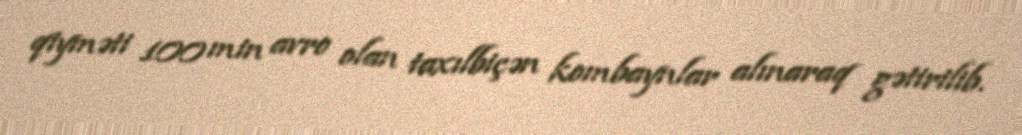
qiyməti 100 min avro olan taxılbiçən kombaynlar alınaraq gətirilib.